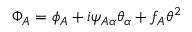
\Phi _ { A } = \phi _ { A } + i \psi _ { A \alpha } \theta _ { \alpha } + f _ { A } \theta ^ { 2 }